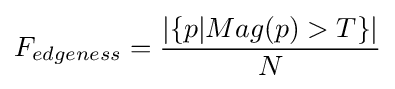
F_{edgeness}={\frac {|\{p|Mag(p)>T\}|}{N}}